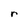
Character: r